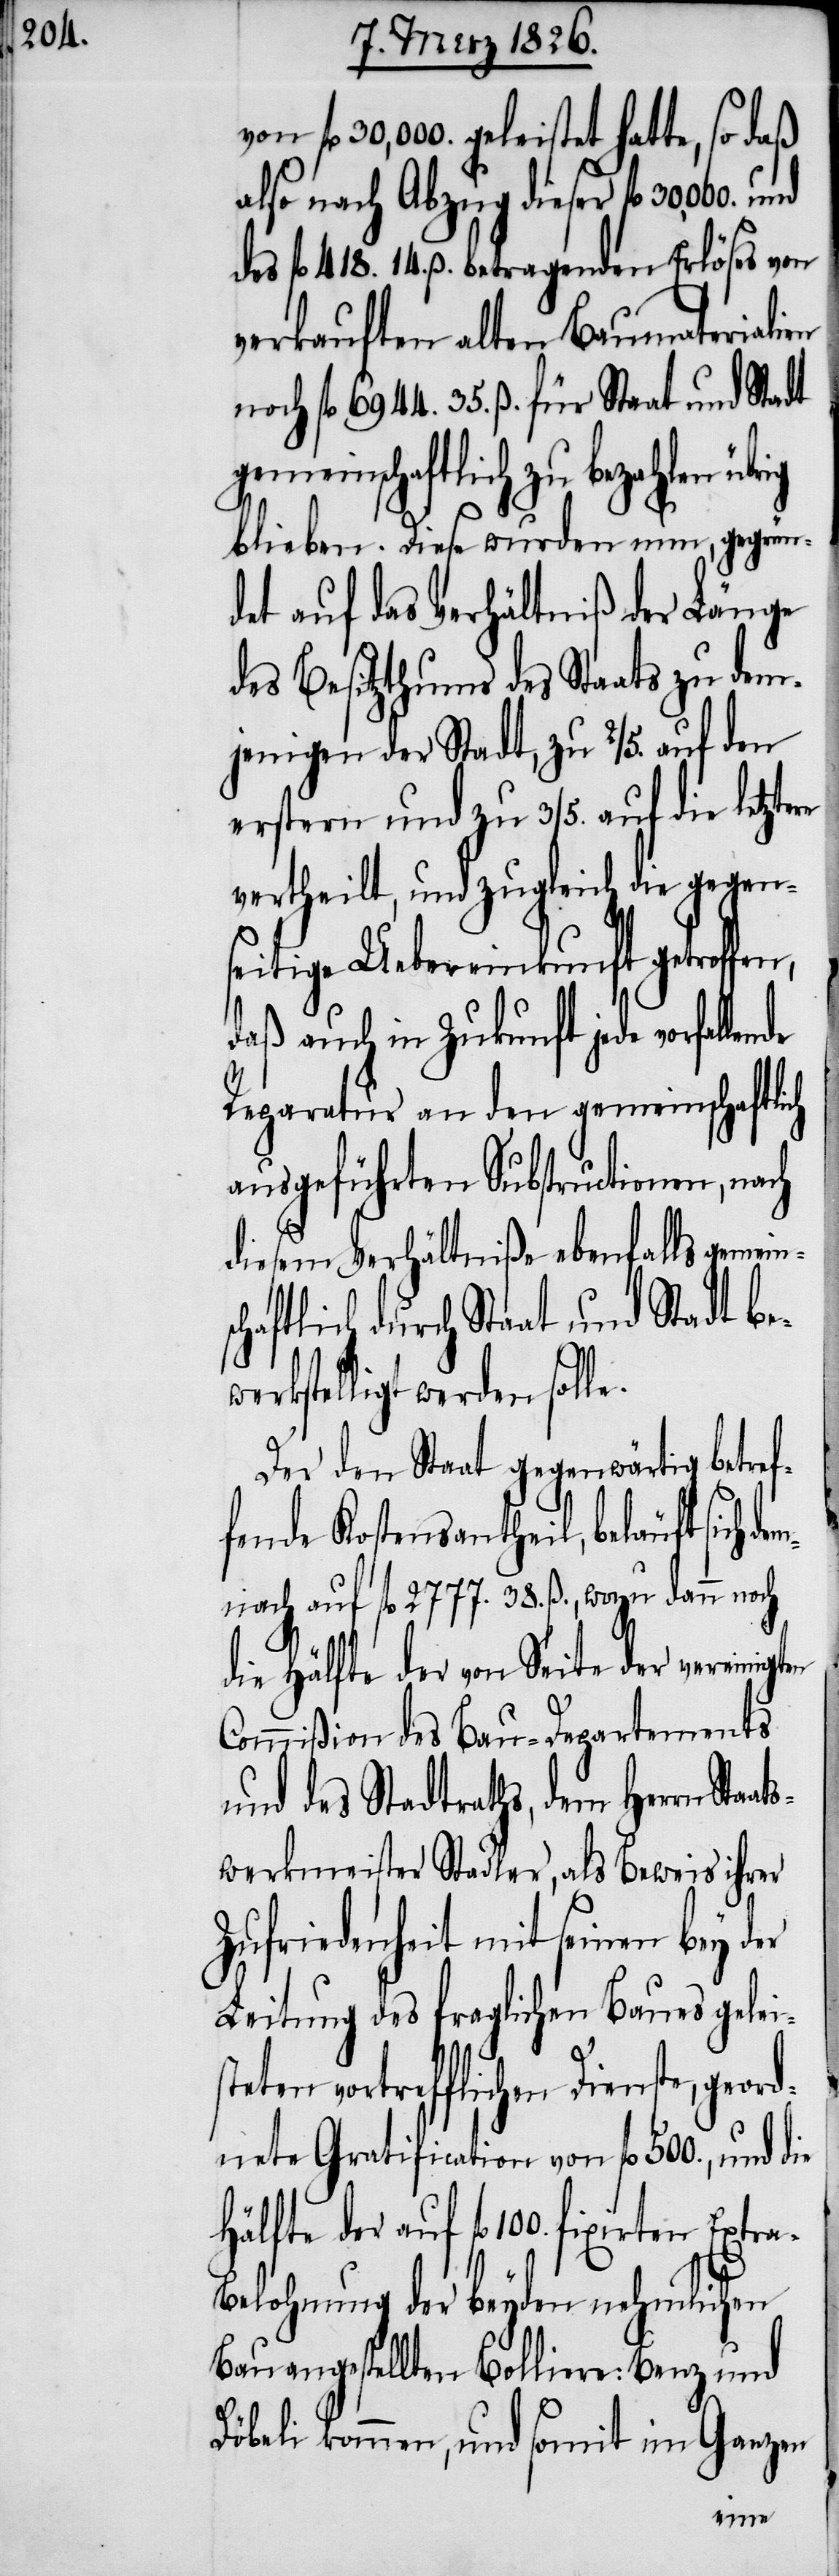
fl. 30,000. geleistet hatte, so daß
also nach Abzug dieser fl.
des fl. 418. 14. ß. betragenden Erlöses von
verkauften alten Baumaterialien
noch fl. 6944. 35. ß. für Staat und Stadt
gemeinschaftlich zu bezahlen
blieben. Diese wurden nun, gegrün¬
det auf das Verhältniß der Länge
des Besitzthums des Staats zu dem¬
jenigen der Stadt, zu 2/5. auf den
erstern und zu 3/5. auf die letzte¬
vertheilt, und zugleich die gegen¬
seitige Uebereinkunft getroffen,
daß auch in Zukunft jede vorfalle¬
Reparatur an den gemeinschaftlich
ausgeführten Substructionen, na¬
diesem Verhältniß ebenfalls gemein¬
haftlich durch Staat und Stadt b¬
rkstelligt werden soll¬
Der den Staat gegenwärtig betre¬
fende Kostensantheil, beläuft sich
nach auf fl. 2777. 38. ß., wozu dann noch
die Hälfte der von Seite der vereinig¬
Commißion des Bau-Departements
und des Stadtraths, dem Herrn Sta¬
swerkmeister Stadler, als Beweis ihrer
Zufriedenheit mit seinen bey der
Leitung des fraglichen Baues gelei¬
teten vortrefflichen Dienste, geor¬
dnete Gratification von fl. 500., und die
elohnung der beyden nehmlichen
Bauangestellten Bolliere: Benz und
Döbeli kommen, und somit
Ga¬
nzen